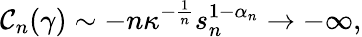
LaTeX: \mathcal{C}_{n}(\gamma)\sim-n\kappa^{-\frac{{1}}{{n}}}s_{n}^{1-\alpha_{n}}\rightarrow-\infty,